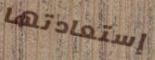
إستعادتها